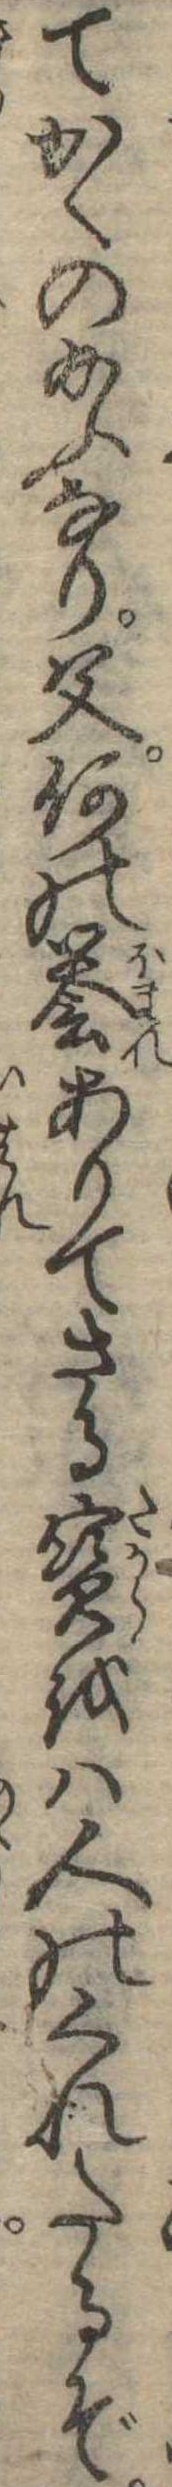
てかくの給ふなり父何の誉ありてさる宝をは人のくれたるぞ